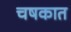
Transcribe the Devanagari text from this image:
चषकात